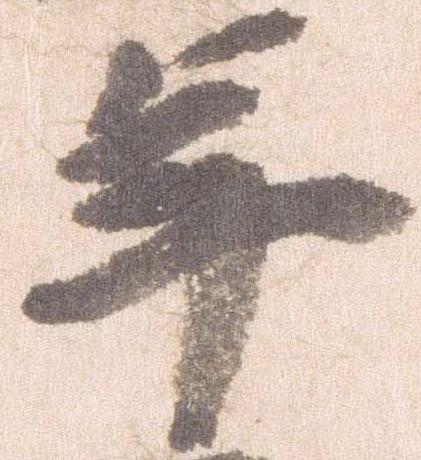
年